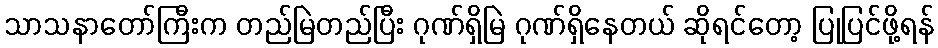
သာသနာတော်ကြီးက တည်မြဲတည်ပြီး ဂုဏ်ရှိမြဲ ဂုဏ်ရှိနေတယ် ဆိုရင်တော့ ပြုပြင်ဖို့ရန်